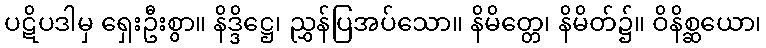
ပဋိပဒါမှ ရှေးဦးစွာ။ နိဒ္ဒိဋ္ဌေ၊ ညွှန်ပြအပ်သော။ နိမိတ္တေ၊ နိမိတ်၌။ ဝိနိစ္ဆယော၊